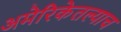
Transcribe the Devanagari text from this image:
अमेरिकेतल्याच